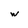
Character: w